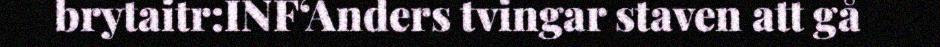
brytaitr:INF‘Anders tvingar staven att gå